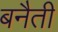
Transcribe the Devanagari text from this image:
बनैती